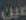
عين